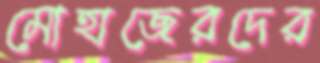
মোহাজেরদের